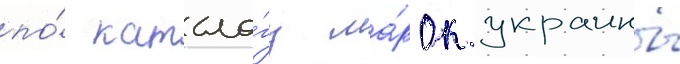
по́ катало́гу ма́рок украины